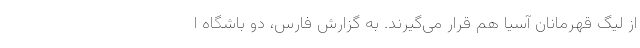
از لیگ قهرمانان آسیا هم قرار می‌گیرند. به گزارش فارس، دو باشگاه ا